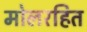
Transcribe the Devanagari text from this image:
मोलरहित